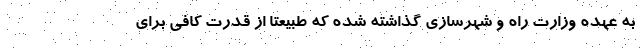
به عهده وزارت راه و شهرسازی گذاشته شده که طبیعتا از قدرت کافی برای